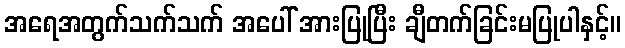
အရေအတွက်သက်သက် အပေါ် အားပြုပြီး ချီတက်ခြင်းမပြုပါနှင့်။